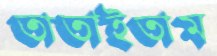
তাতাইতাম